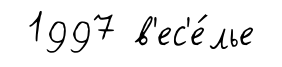
1997 в'ес'е́лье